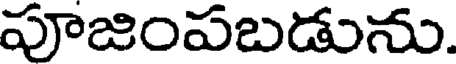
పూజింపబడును.